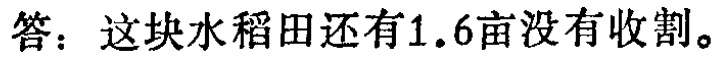
答：这块水稻田还有1.6亩没有收割。